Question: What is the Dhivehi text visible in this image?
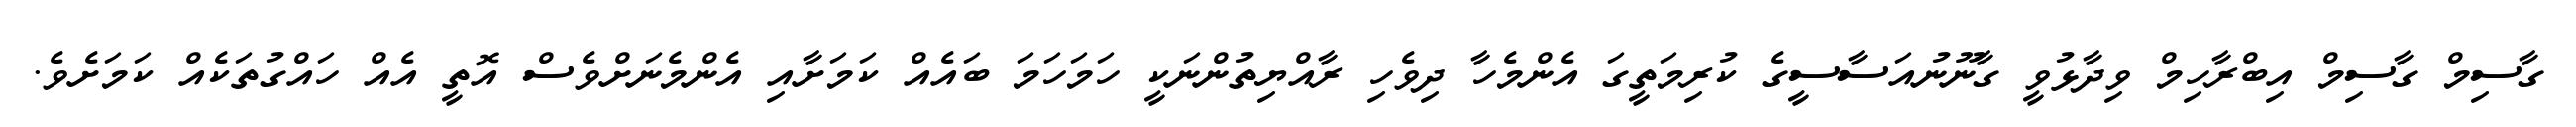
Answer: ގާސިމް ގާސިމް އިބްރާހިމް ވިދާޅުވީ ގާނޫނުއަސާސީގެ ކުރިމަތީގަ އެންމެހާ ދިވެހި ރާއްޔިތުންނަކީ ހަމަހަމަ ބައެއް ކަމަށާއި އެންމެނަށްވެސް އޮތީ އެއް ހައްގުތަކެއް ކަމަށެވެ.